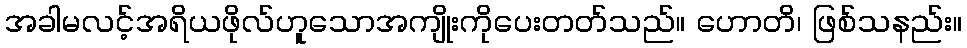
အခါမလင့်အရိယဖိုလ်ဟူသောအကျိုးကိုပေးတတ်သည်။ ဟောတိ၊ ဖြစ်သနည်း။